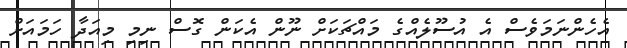
އެހެންނަމަވެސް އެ އުސޫލެއްގެ މައްޗަކަށް ނޫން އެކަން ގޮސް ނިމި މިއަދާ ހަމައަށް